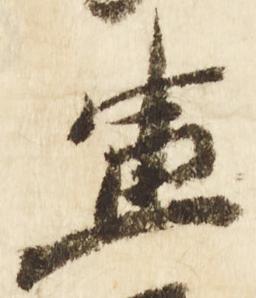
兼